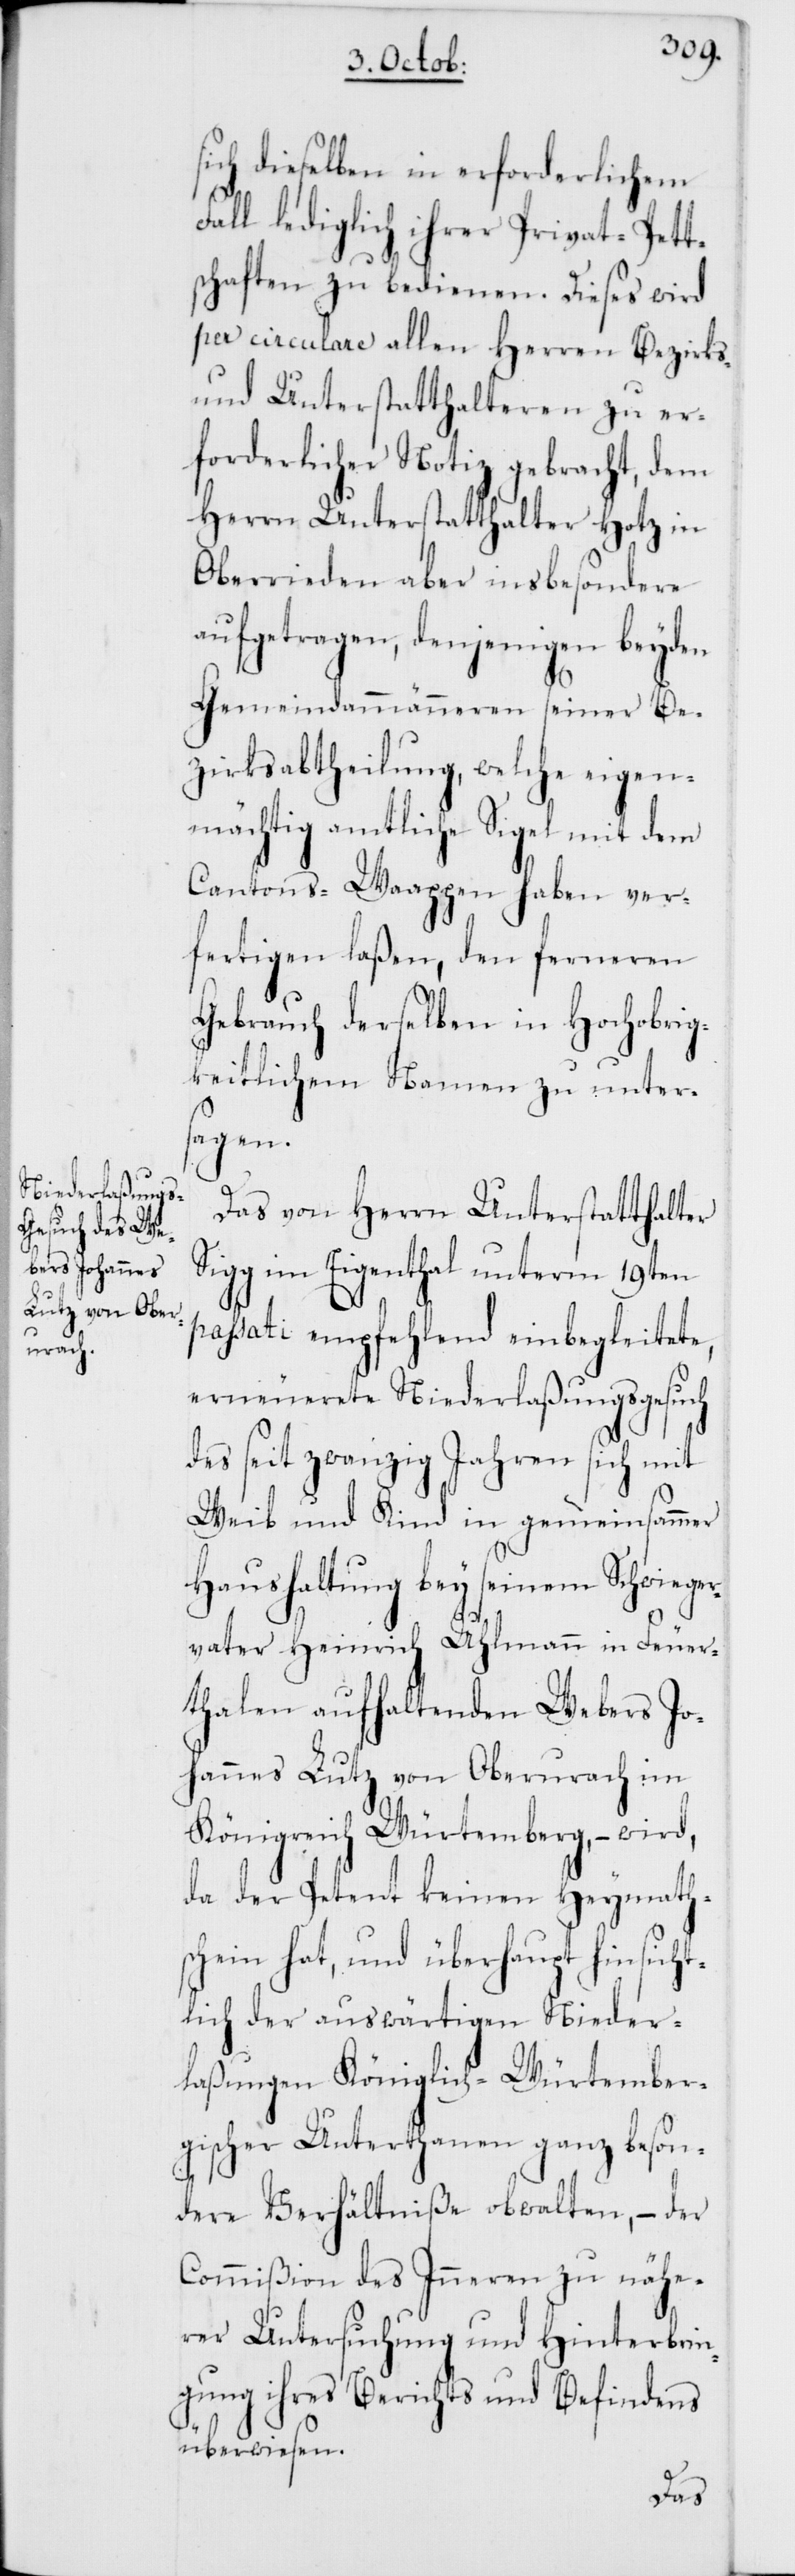
sich dieselben in erforderlichem
Fall lediglich ihrer Privat-Pett¬
schaften zu bedienen. Dieses wird
per circulare allen Herren Bezirks-
und Unterstatthalteren zu erf¬
orderlicher Notiz gebracht,
Herrn Unterstatthalter Hotz in
Oberrieden aber insbesondere
aufgetragen, denjenigen beyden
Gemeindammänneren seiner Be¬
zirksabtheilung, welche eigen¬
mächtig amtliche Siegel mit dem
Cantons-Waappen haben ver¬
fertigen laßen, den ferneren
Gebrauch derselben in Hochobrig¬
keitlichem Namen zu unter¬
sagen.
Das von Herrn Unterstatthalter
Sigg im Eigenthal unterm 19ten
passati empfehlend einbegleitete,
erneuerete Niederlaßungsgesuch
des seit zwanzig Jahren sich mit
Weib und Kind in gemeinsammer
Haushaltung bey seinem Schwieger¬
vater Heinrich Uhlmann in Feuer¬
thalen aufhaltenden Webers Jo¬
hannes Lutz von Oberurach im
Königreich Würtemberg, – wird,
da der Petent keinen Heymath¬
schein hat, und überhaupt hinsicht¬
lich der auswärtigen Nieder¬
laßungen Königlich-Würtember¬
gischer Unterthanen ganz beson¬
dere Verhältniße obwalten, – der
Commißion des Inneren zu nähe¬
rer Untersuchung und Hinterbrin¬
gung ihres Berichts und Befindens
überwiesen.